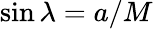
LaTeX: \sin\lambda=a/M